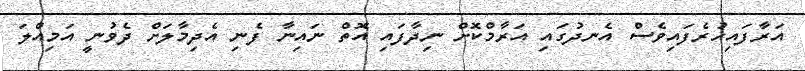
އަރާފައިހުރެފައިވެސް އެނދުގައި އަރާމްކޮށް ނިދާފައި އޮތް ނައިނާ ފެނި އެދިމާލަށް ދެވުނީ އަމިއްލަ